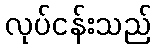
လုပ်ငန်းသည်